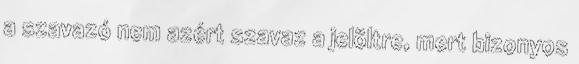
a szavazó nem azért szavaz a jelöltre, mert bizonyos